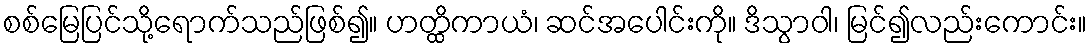
စစ်မြေပြင်သို့ရောက်သည်ဖြစ်၍။ ဟတ္ထိကာယံ၊ ဆင်အပေါင်းကို။ ဒိသွာဝါ၊ မြင်၍လည်းကောင်း။